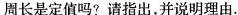
周长是定值吗?请指出，并说明理由。